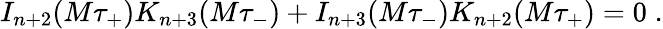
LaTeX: I_{n+2}(M\tau_{+})K_{n+3}(M\tau_{-})+I_{n+3}(M\tau_{-})K_{n+2}(M\tau_{+})=0\; .